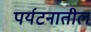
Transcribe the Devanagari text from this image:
पर्यटनातील